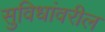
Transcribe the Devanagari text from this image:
सुविधांवरील